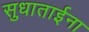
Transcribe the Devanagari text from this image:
सुधाताईना